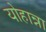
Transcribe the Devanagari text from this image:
योहान्ना